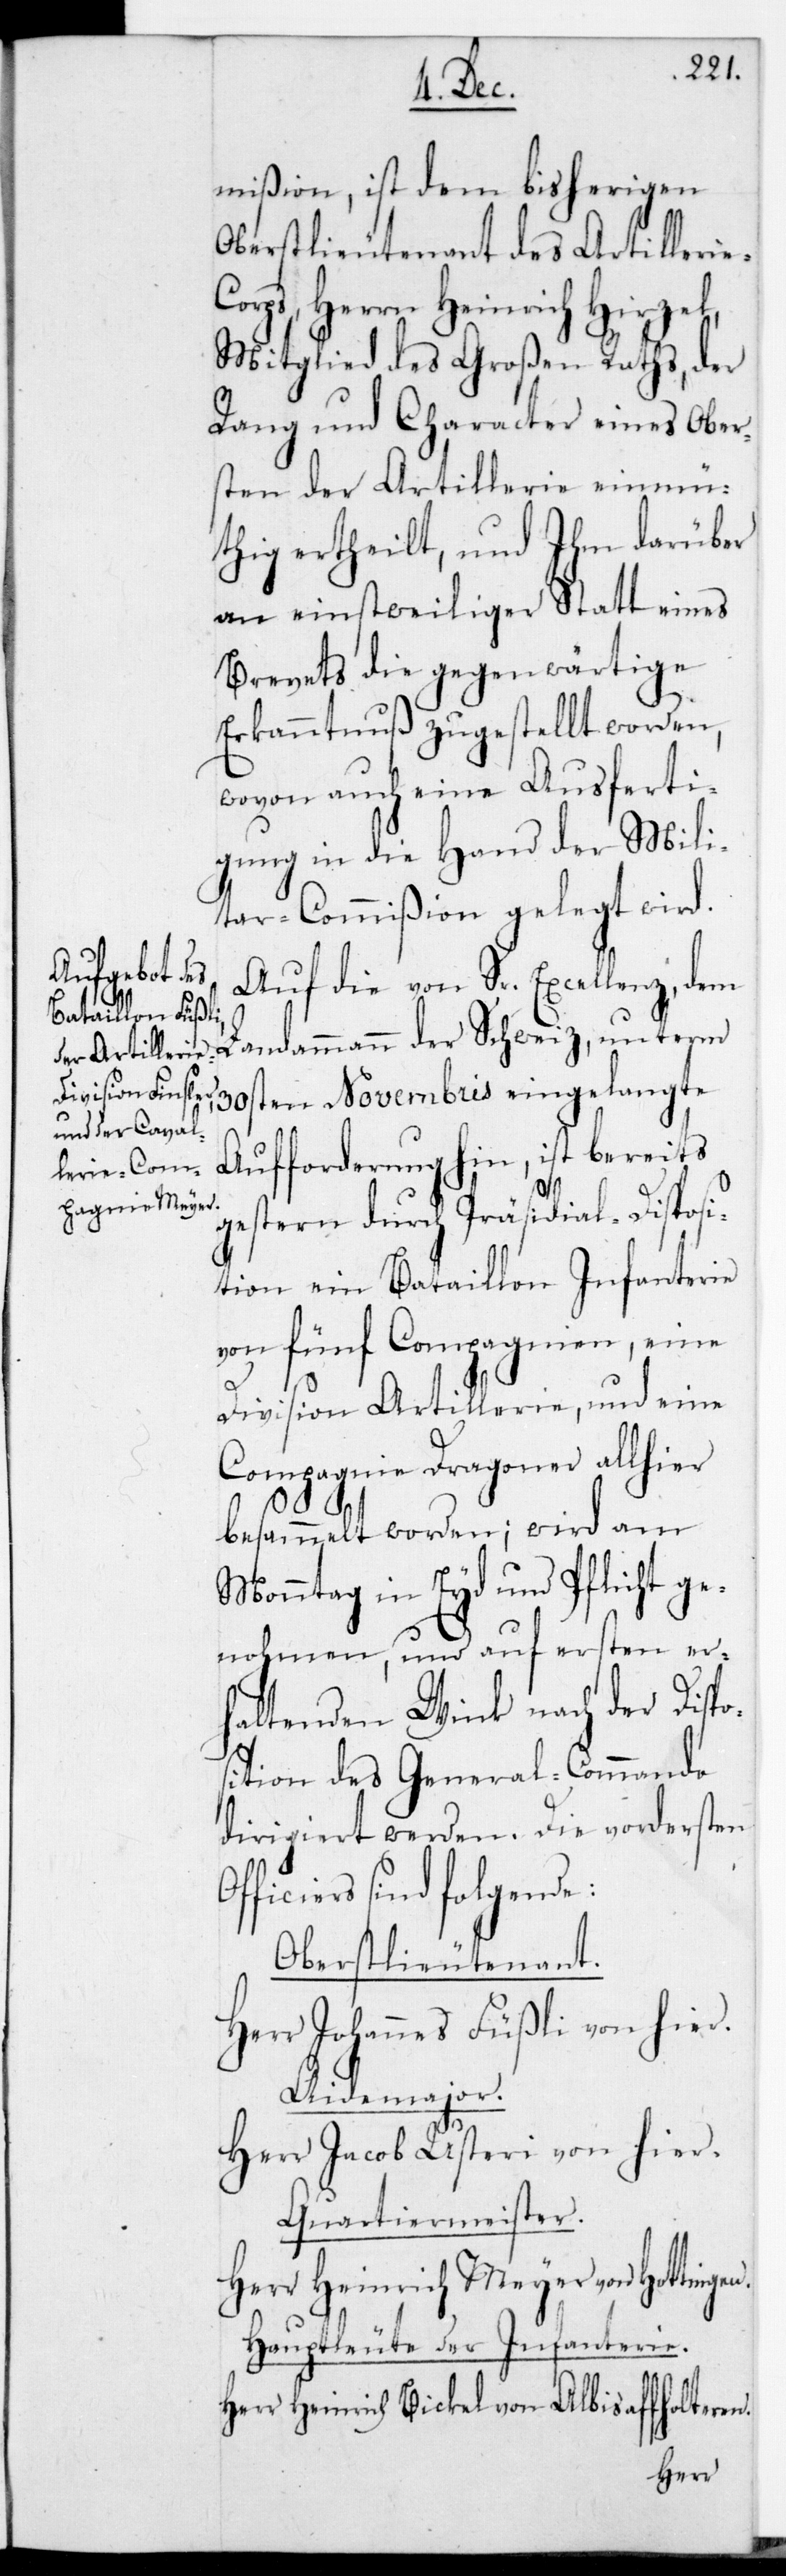
mißion, ist dem bisherigen
Oberstlieutenant des Artilleriec¬
orps, Herrn Heinrich Hirzel,
Mitglied des Großen Raths, der
Rang und Character eines Ober¬
sten der Artillerie einmü¬
thig ertheilt, und ihm darüber
an einstweiliger Statt eines
Brevets die gegenwärtige
Erkanntnuß zugestellt worden,
wovon auch eine Ausferti¬
gung in die Hand der Mili¬
tar-Commißion gelegt wird.
Auf die von Sr. Excellenz dem
Landammann der Schweiz unterm
30sten Novembris eingelangte
Aufforderung hin, ist bereits
gestern durch Präsidial-Disposi¬
tion ein Bataillon Infanterie
von fünf Compagnien, eine
Division Artillerie und eine
Compagnie Dragoner allhier
besammelt worden; wird am
Montag in Eyd und Pflicht ge¬
nohmen, und auf ersten er¬
haltenen Wink nach der Dispo¬
sition des General-Commando
dirigiert werden. Die vordersten
ficiers sind folgende.
Oberstlieutenant.
Herr Johannes Füßli von hier.
Aide-Major.
Herr Jacob Usteri von hier.
Quartiermeister.
Herr Heinrich Meyer von Hottingen.
Hauptleute der Infanterie.
Herr Heinrich Bickel von Albis-Affoltern.